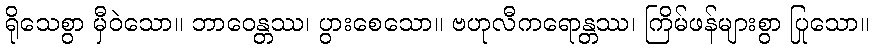
ရိုသေစွာ မှီဝဲသော။ ဘာဝေန္တဿ၊ ပွားစေသော။ ဗဟုလီကရောန္တဿ၊ ကြိမ်ဖန်များစွာ ပြုသော။